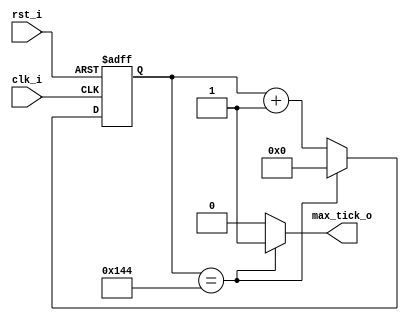
// Name: .v
//
// Description: 

module mod_m_counter #(
  parameter Width  = 9,
  parameter MaxVal = 325
) ( 
  input  clk_i,
  input  rst_i,
  output max_tick_o
);

  reg  [Width-1:0] reg_q;
  wire [Width-1:0] reg_d;
  
  always @(posedge clk_i, posedge rst_i) begin
    if (rst_i)
      reg_q <= { Width {1'b0} };
    else
      reg_q <= reg_d;
  end
  
  assign reg_d = (reg_q == (MaxVal-1)) ? { Width {1'b0} } : reg_q + 1'b1;
  
  assign max_tick_o = (reg_q == (MaxVal-1)) ? 1'b1 : 1'b0;
  
endmodule